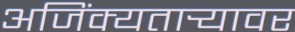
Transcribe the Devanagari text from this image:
अजिंक्यतार्‍यावर